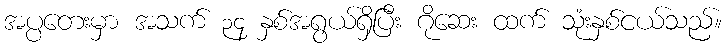
အပ္ပတေးမှာ အသက် ၃၄ နှစ်အရွယ်ရှိပြီး ဂိုဆေး ထက် သုံးနှစ်ငယ်သည်။